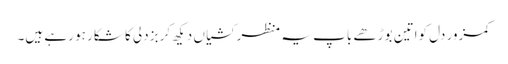
کمزور دل کواتین بوڑھے باپ یہ منظر کشیاں دیکھ کر بزدلی کا شکار ہو رہے ہیں۔